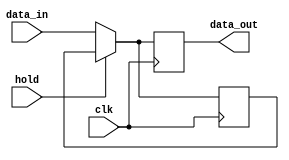
module HoldCondition (
    input         clk,      // Clock signal
    input         hold,     // Hold control signal
    input  [7:0]  data_in,  // Data input signal
    output reg [7:0] data_out // Data output signal
);

// Internal state to hold the last valid output value
reg [7:0] last_value;

// Always block to handle the hold condition and data output
always @(posedge clk) begin
    if (hold) begin
        // Retain the last output value when hold is asserted
        data_out <= last_value;
    end else begin
        // Update the output with data_in when hold is deasserted
        data_out <= data_in;
        // Store the new value as the last valid output
        last_value <= data_in;
    end
end

endmodule